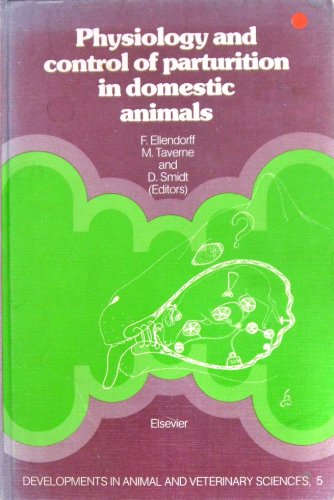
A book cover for Physiology and Control of Parturition in Domestic Animals (Developments in Animal & Veterinary Sciences); Medical Books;